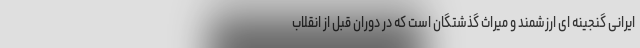
ایرانی گنجینه ای ارزشمند و میراث گذشتگان است که در دوران قبل از انقلاب